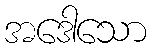
အဒေါသော